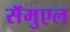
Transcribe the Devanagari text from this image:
सॅमुएल